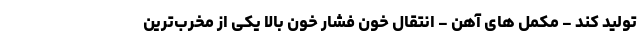
تولید کند - مکمل های آهن - انتقال خون فشار خون بالا یکی از مخرب‌ترین